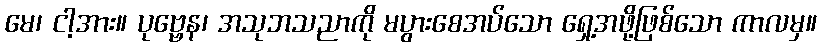
မေ၊ ငါ့အား။ ပုဗ္ဗေန၊ အသုဘသညာကို မပွားစေအပ်သော ရှေ့အဖို့ဖြစ်သော ကာလမှ။